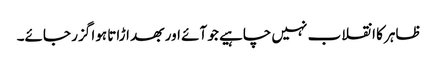
ظاہر کا انقلاب نہیں چاہیے جو آئے اور بھد اڑاتا ہوا گزر جائے۔